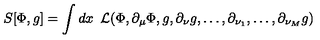
S [ \Phi , g ] = \int d x { \phantom { 0 } } { \cal L } ( \Phi , \partial _ { \mu } \Phi , g , \partial _ { \nu } g , \dots , \partial _ { \nu _ { 1 } } , \dots , \partial _ { \nu _ { M } } g )